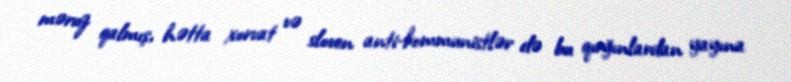
məruz qalmış, hətta xorvat və sloven anti-kommunistlər də bu qırğınlardan yayına